Annual statistical returns and brief notes on vaccination in Bengal - 1896-1909
Year: 1896
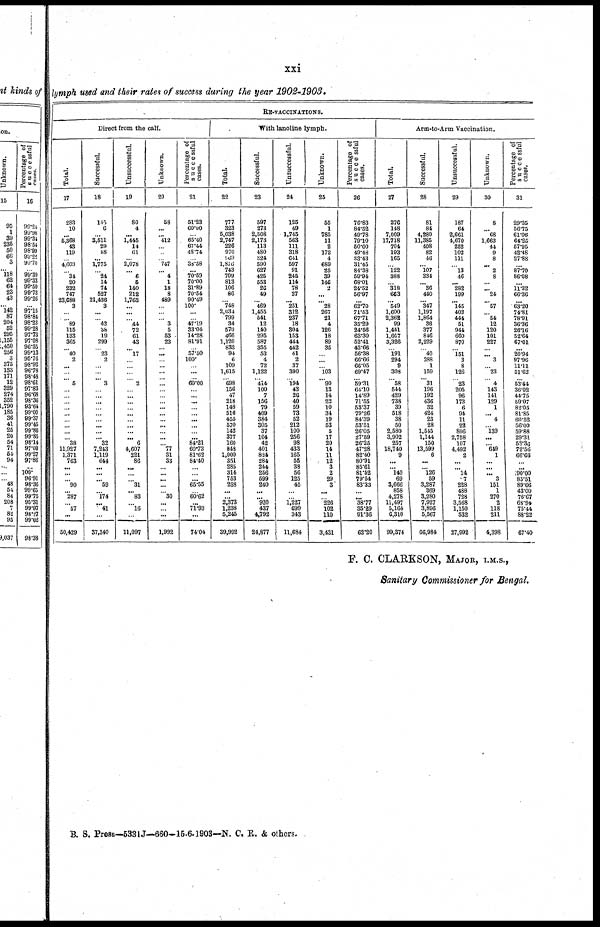
xxi
lymph used and their rates of success during the year 1902-1903.
RE-VACCINATIONS.
Direct from the calf.
Total.
17
283
10
... 5,368
43
119
... 4,609
... 34
20
232
747
23,688
3
...
... 89
115
133
365
... 40
2
...
...
... 5
...
...
... ...
...
... ...
...
... 38
11,927
1,371
763
... ...
... 90
... 287
... 57
...
50,429
Successful.
18
145
6
...
3,511
29
58
...
1,775
... 24
14
74
527
21,436
3
...
... 42
38
19
299
... 23
2
...
...
... 3
... ...
...
... ...
... ...
...
... 32
7,243
1,119
644
... ...
... 59
... 174
... 41
...
37,340
Unsuccessful.
19
80
4
...
1,445
14
61
... 2,078
... 6
6
140
212
1,763
...
...
... 44
72
61
43
... l7
...
...
...
... 2
... ...
...
... ...
...
...
...
... 6
4,607
221
86
...
...
... 31
... 83
... 16
...
11,097
Unknown.
20
58
...
... 412
...
...
... 747
... 4
1
18
8
489
...
... ... 3
5
53
23
... ...
...
... ...
... ...
...
...
...
... ...
... ...
... ...
... 77
31
33
... ...
...
...
... 30
...
... ...
1,992
Percentage of
successful
cases.
21
51.23
60.00
... 65.40
67.44
48.74
... 38.58
...
70.59
70.00
31.89
70.54
90.49
100.
...
... 47.19
33.04
14.28
81.91
... 57.50
100.
... ...
... 60.00
...
... ...
... ...
...
...
... ...
84.21
60.72
81.62
84.40
...
... ...
65.55
... 60.62
...
71.93
...
74.04
With lanoline lymph.
Total.
22
777
323
5,038
2,747
226
970
969
1,876
743
709
813
106
86
... 748
2,034
799
34
570
466
1,120
832
94
6
109
1,615
... 698
156
47
218
148
516
455
570
142
377
160
848
1,000
351
285
314
753
288
...
... 2,373
1,238
5,245
39,992
Successful.
23
597
273
2,508
2,173
113
480
324
590
627
425
553
26
49
... 469
1,455
541
12
140
295
587
355
53
4
72
1,122
... 414
100
7
156
79
409
384
305
37
104
42
401
824
284
244
256
599
240
...
... 920
437
4,792
24,877
Unsuccessful.
24
125
49
1,745
563
111
318
641
597
91
245
114
78
37
... 251
312
237
18
304
153
444
442
41
2
37
390
... 194
43
26
40
59
73
52
212
100
256
98
433
165
55
38
56
125
45
... ... 1,227
699
343
11,684
Unknown.
25
55
1
785
11
2
172
4
689
25
39
146
2
... ... 28
267
21
4
126
18
89
35
... ...
... 103
... 90
13
14
22
10
34
19
53
5
17
20
14
11
12
3
2
29
3
... ... 226
102
110
3,431
Percentage of
successful
cases.
26
76.83
84.52
49.78
79.10
50.00
49.48
33.43
31.45
84.38
59.94
68.01
24.52
56.97
... 62.70
71.53
67.71
35.29
24.56
63.30
52.41
42.66
56.38
66.66
66.05
69.47
... 59.31
64.10
14.89
71.55
53.37
79.26
84.39
53.51
26.05
27.59
26.25
47.28
82.40
80.91
85.61
81.52
79.54
83.33
... ... 38.77
35.29
91.36
62.20
Arm-to-Arm Vaccination.
Total.
27
276
148
7,009
17,718
704
193
165
... 122
388
... 318
663
... 549
1,600
2,362
99
1,441
1,667
3,326
... 191
294
9
308
... 58
544
429
738
39
518
38
50
2,580
3,902
257
18,740
9
... ... 140
69
3,666
858
4,278
11,497
5,164
6,310
99,374
Successful.
28
81
84
4,280
11,385
408
82
46
... 107
334
... 36
440
... 347
1,197
1,864
36
377
846
2,229
... 40
288
1
159
... 31
196
192
436
32
424
23
28
1,545
1,144
150
13,599
6
...
... 126
59
3,287
369
3,280
7,927
3,896
5,567
66,984
Unsuccessful.
29
187
64
2,661
4,670
252
102
111
... 13
46
... 282
199
... 145
403
444
51
944
660
870
... 151
3
8
126
... 23
205
96
173
6
94
11
22
896
2,758
107
4,492
2
... ... 14
7
228
488
728
3,568
1,150
532
27,992
Unknown.
30
8
... 68
1,663
44
9
8
... 2
8
...
... 24
... 57
... 54
12
120
101
227
... ... 3
... 23
... 4
143
141
129
1
... 4
... 139
...
... 649
1
...
...
... 3
151
1
270
2
118
211
4,398
Percentage of
successful
cases.
31
29.35
56.75
61.06
64.25
57.95
42.48
27.88
... 87.70
86.08
...
11.32
66.36
...
63.20
74.81
78.91
36.36
26.16
52.64
67.01
... 20.94
97.96
11.11
51.62
... 53.44
36.02
44.75
59.07
82.05
81.85
60.52
56.00
59.88
29.31
58.36
72.56
66.66
... ...
90.00
85.51
89.66
43.00
76.67
68.94
75.44
88.22
67.40
F. C. CLARKSON, MAJOR, I.M.S.,
Sanitary Commissioner for Bengal.
B. S. Press—5331J—660-15-6-1903—N. C. R. & others.